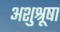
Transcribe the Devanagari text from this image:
अशुश्रूषा